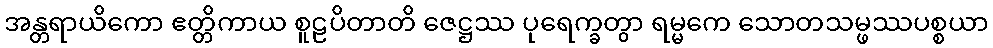
အန္တရာယိကော ဧတ္တိကာယ စူဠပိတာတိ ဇေဋ္ဌဿ ပုရေက္ခတွာ ရမ္မကေ သောတသမ္ဖဿပစ္စယာ